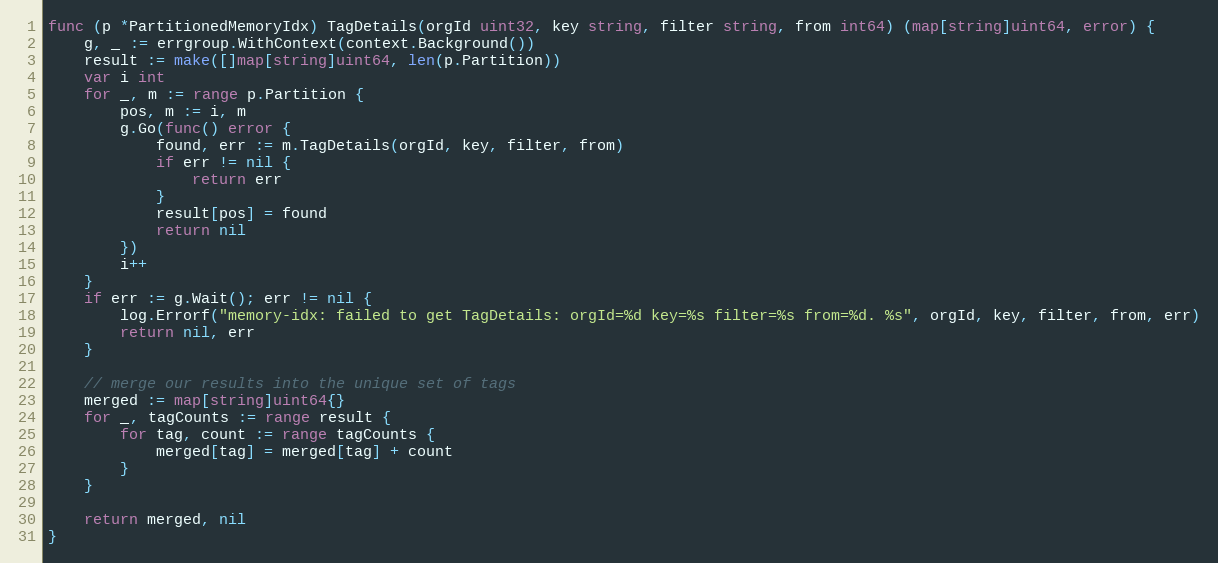
Language: Go
func (p *PartitionedMemoryIdx) TagDetails(orgId uint32, key string, filter string, from int64) (map[string]uint64, error) {
	g, _ := errgroup.WithContext(context.Background())
	result := make([]map[string]uint64, len(p.Partition))
	var i int
	for _, m := range p.Partition {
		pos, m := i, m
		g.Go(func() error {
			found, err := m.TagDetails(orgId, key, filter, from)
			if err != nil {
				return err
			}
			result[pos] = found
			return nil
		})
		i++
	}
	if err := g.Wait(); err != nil {
		log.Errorf("memory-idx: failed to get TagDetails: orgId=%d key=%s filter=%s from=%d. %s", orgId, key, filter, from, err)
		return nil, err
	}

	// merge our results into the unique set of tags
	merged := map[string]uint64{}
	for _, tagCounts := range result {
		for tag, count := range tagCounts {
			merged[tag] = merged[tag] + count
		}
	}

	return merged, nil
}